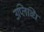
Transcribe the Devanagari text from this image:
उप्लिब्धि